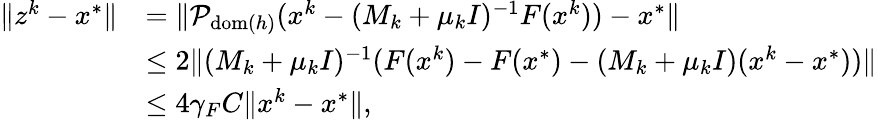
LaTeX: \begin{array}{rl}{\| z^{k}-x^{*}\| }&{=\| \mathcal{P}_{\mathrm{dom}(h)}(x^{k}-(M_{k}+\mu_{k}I)^{-1}F(x^{k}))-x^{*}\| }\\ &{\leq 2\| (M_{k}+\mu_{k}I)^{-1}(F(x^{k})-F(x^{*})-(M_{k}+\mu_{k}I)(x^{k}-x^{*}))\| }\\ &{\leq 4\gamma_{F}C\| x^{k}-x^{*}\| ,}\end{array}